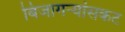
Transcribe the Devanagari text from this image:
बिजागऱ्यांसकट